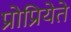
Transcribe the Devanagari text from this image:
प्रोप्रियेते